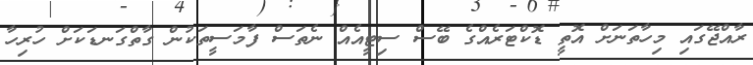
ރާއްޖޭގައި މިހާތަނަށް އޮތީ ޑޮކްޓަރެއްގެ ބޭސް ސިޓީއެއް ނެތަސް ފާމަސީތަކުން ގާތްގަނޑަކަށް ހުރިހާ